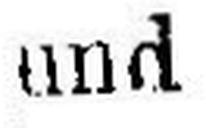
und